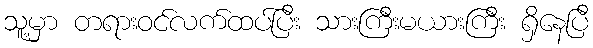
သူ့မှာ တရားဝင်လက်ထပ်ပြီး သားကြီးမယားကြီး ရှိနေပြီ